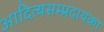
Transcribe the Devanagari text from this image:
आदित्यसम्प्रदायका